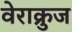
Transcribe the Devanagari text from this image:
वेराक्रुज